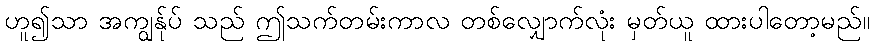
ဟူ၍သာ အကျွန်ုပ် သည် ဤသက်တမ်းကာလ တစ်လျှောက်လုံး မှတ်ယူ ထားပါတော့မည်။